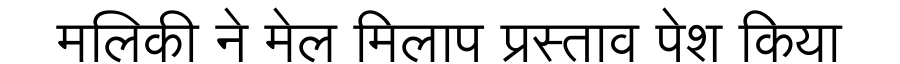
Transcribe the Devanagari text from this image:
मलिकी ने मेल मिलाप प्रस्ताव पेश किया